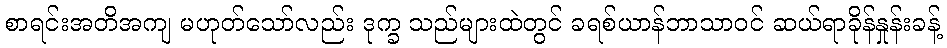
စာရင်းအတိအကျ မဟုတ်သော်လည်း ဒုက္ခ သည်များထဲတွင် ခရစ်ယာန်ဘာသာဝင် ဆယ်ရာခိုန်နှုန်းခန့်